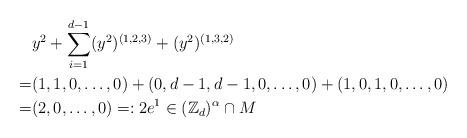
LaTeX: \begin{align*} & y^2 + \sum_{i=1}^{d-1} (y^2)^{(1,2,3)} + (y^2)^{(1,3,2)} \\ =& (1, 1, 0, \dots, 0) + (0, d-1, d-1, 0, \dots, 0) + (1,0,1,0, \dots, 0) \\ = & (2,0,\dots,0) =: 2e^1 \in (\mathbb{Z}_d)^\alpha \cap M \end{align*}